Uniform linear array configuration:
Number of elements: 48
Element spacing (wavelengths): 0.5
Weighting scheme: hann
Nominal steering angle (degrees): -15
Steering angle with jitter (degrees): -15.781
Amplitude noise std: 0.05
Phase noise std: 0.05

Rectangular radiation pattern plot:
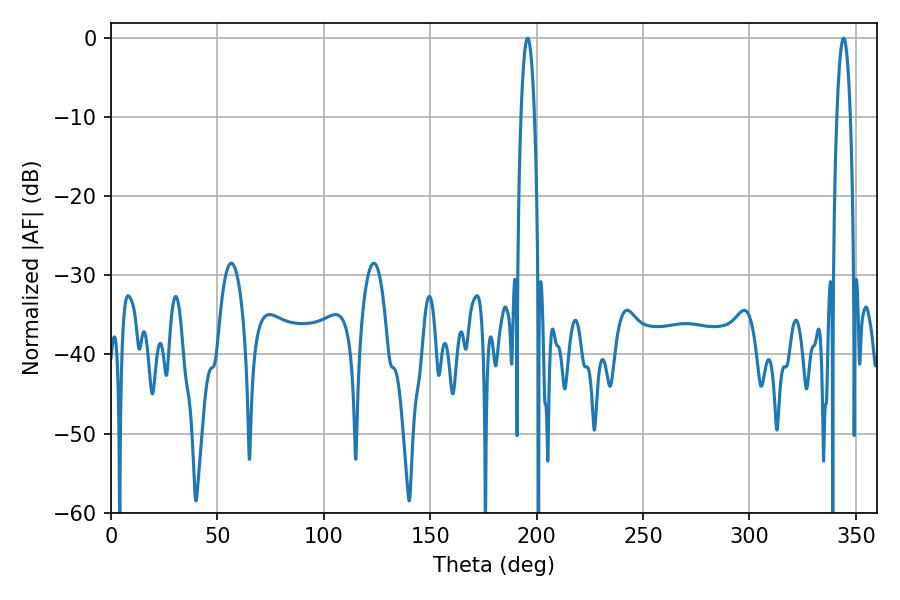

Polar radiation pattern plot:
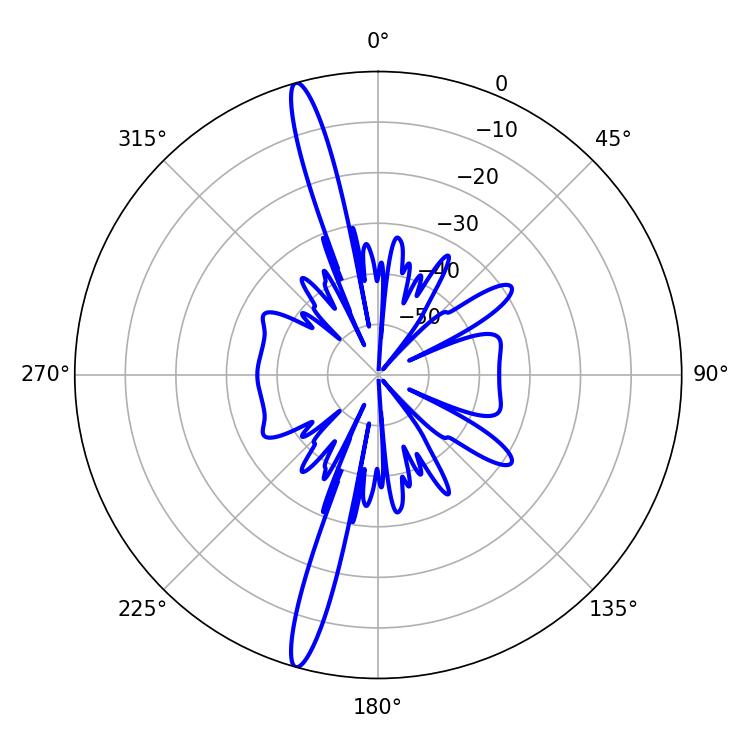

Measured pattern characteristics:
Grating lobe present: FALSE
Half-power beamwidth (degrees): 3.42
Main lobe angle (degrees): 195.84